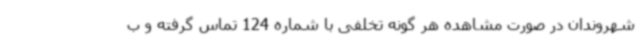
شهروندان در صورت مشاهده هر گونه تخلفی با شماره 124 تماس گرفته و ب